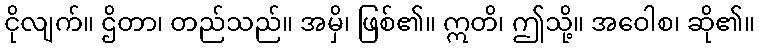
ငိုလျက်။ ဌိတာ၊ တည်သည်။ အမှိ၊ ဖြစ်၏။ ဣတိ၊ ဤသို့။ အဝေါစ၊ ဆို၏။